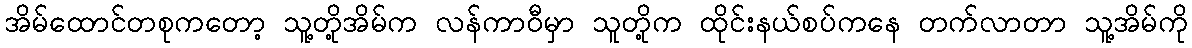
အိမ်ထောင်တစုကတော့ သူ့တို့အိမ်က လန်ကာဝီမှာ သူတို့က ထိုင်းနယ်စပ်ကနေ တက်လာတာ သူ့အိမ်ကို